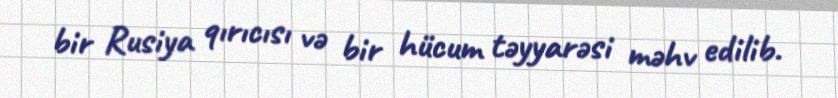
bir Rusiya qırıcısı və bir hücum təyyarəsi məhv edilib.